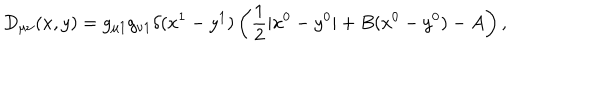
LaTeX: D _ { \mu \nu } ( x , y ) = g _ { \mu 1 } g _ { \nu 1 } \delta ( x ^ { 1 } - y ^ { 1 } ) \left( { \frac { 1 } { 2 } | x ^ { 0 } - y ^ { 0 } | + B ( x ^ { 0 } - y ^ { 0 } ) - A } \right) ,